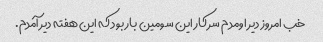
خب امروز دیر اومدم سر کار این سومین بار بود که این هفته دیر آمدم.